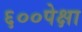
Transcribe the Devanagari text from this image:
६००पेक्षा